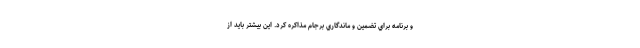
و برنامه براي تضمين و ماندگاري برجام مذاكره كرد. اين بيشتر بايد از